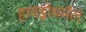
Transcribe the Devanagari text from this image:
हायड्रोथर्मल